Medical and sanitary report of the native army of Bengal for the year
Year: 1877
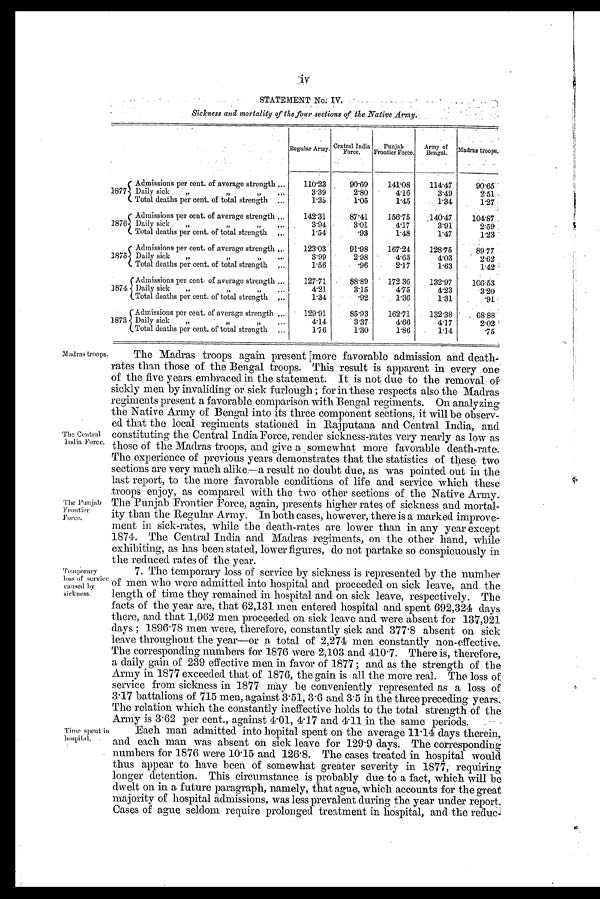
Madras troops.
The Central
India Force.
The Punjab
Frontier
Force.
Temporary
loss of service
caused by
ckness.
iv
STATEMENT No: IV.
Sickness and mortality of the four sections of The Native Army.
Regular Army. C e n t r a l I n d i a F o r c e .
P u n j a b
F r o n t i e r F o r c e .
A r m y o f B e n g a l .
Madras troops.
Admissions per cent. of average strength
110.23
90.69
141.08
114.47
90.65
1877 Daily sick „
,,
,,
3.39
2.80
4.16
3.49
2.51
Total deaths per cent. of total strength
1.35
1.05
1.45
1.34
1.27
Admissions per cent. of average strength
142.31
87. 41
i.
156.75
140.47
104.87
1876 Daily sick ,,
,, ,,
3.94 3 . 0 1
4.17
3.91
2.59
Total deaths per cent. of total strength
1.54
. 9 3
1.48
1.47
1.23
Admissions per cent. of average strength
123.03
91.98
167.24
128.75
89.77
1875 Daily sick
,,
,,
,,
3.99
2.98
4.63
4.03
2.62
Total deaths per cent. of total strength
1.56
.96
2.17
1.63
1.42
Admissions per cent. of average strength
127.71
88.89 172 36
132.97
106.53
187 4 Daily sick ,,
,, ,,
4 . 2 1
3.15
4.75
4.23
3.20
Total deaths per cent. of total strength
1.34
.92
1.36
1.31
.91
Admissions per cent. of average strength
129.91
85.93
162.71
132.38
68.88
1873 Daily sick
,,
,,
,,
4.14
3.37
4.66
4.17
2.02
Total deaths per cent. of total strength
1.76
1.30
1.86
1.14
.75
Time spent in hospital.
The Madras troops again present ;more favorable admission and death-
rates than those of the Bengal troops. This result is apparent in every one
of the five years embraced in the statement. It is not due to the removal of
sickly men by invaliding or sick furlough ; for in these respects also the Madras
regiments present a favorable comparison with Bengal regiments. On analyzing
the Native Army of Bengal into its three component sections, it will be observ
-ed that the local regiments stationed in Rajputana and Central India, and
constituting the Central India Force, render sickness-rates very nearly as low as
those of the Madras troops, and give a somewhat more favorable death-rate.
The experience of previous years demonstrates that the statistics of these two
sections are very much alike—a result no doubt due, as was pointed out in the
last report, to the more favorable conditions of life and service which these
troops enjoy, as compared with the two other sections of the Native Army.
The Punjab Frontier Force, again, presents higher rates of sickness and mortal-
ity than the Regular Army. In both cases, however, there is a marked improve-
ment in sick-rates, while the death-rates are lower than in any year except
1874. The Central India and Madras regiments, on the other hand, while
exhibiting, as has been stated, lower figures, do not partake so conspicuousl y in
the reduced rates of the year.
7. The temporary loss of service by sickness is represented by the number
of men who were admitted into hospital and proceeded on sick leave, and the
length of time they remained in hospital and on sick leave, respectively. The
facts of the year are, that 62,131 men entered hospital and spent 692,324 days
there, and that 1,062 men proceeded on sick leave and were absent for 137,921
days ; 1896.78 men were, therefore, constantly sick and 377.8 absent on sick
leave throughout the year—or a total of 2,274 men constantly non-effective.
The corresponding numbers for 1876 were 2,103 and 410.7. There is, therefore,
a daily gain of 239 effective men in favor of 1877 ; and as the strength of the
Army in 1877 exceeded that of 1876, the gain is all the more real. The loss of
service from sickness in 1877 may be conveniently represented as a loss of
3.17 battalions of 715 men, against 3
.51,
3
.6 and 3.5 in the three preceding years.
The relation which the constantly ineffective holds to the total strength of the
Army is 3
.62 per cent., against 4.01, 4.17 and 4.11 in the same periods.
Each man admitted into bopital spent on the average 11.14 days therein,
and each man was absent on sick leave for 129.9 days. The corresponding
numbers for 1876 were 10.15 and 126.8. The cases treated in hospital would
thus appear to have been of somewhat greater severity in 1877, requiring
longer detention. This circumstance is probably due to a fact, which will be
dwelt on in a future paragraph, namely, thatague, which accounts for the great
majority of hospital admissions, was less prevalent during the year under report.
Cases of ague seldom require prolonged treatment in hospital, and the
r e d u c e -